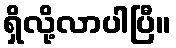
ရှိလို့လာပါပြီ။